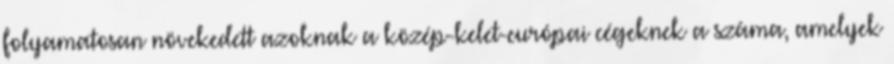
folyamatosan növekedett azoknak a közép-kelet-európai cégeknek a száma, amelyek